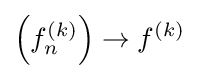
\left(f_{n}^{(k)}\right)\to f^{(k)}